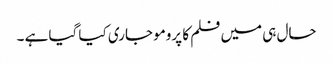
حال ہی میں فلم کا پرومو جاری کیا گیا ہے ۔